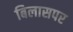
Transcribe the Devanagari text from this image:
बिलासपर